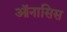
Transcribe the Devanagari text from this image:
ऑनासिस